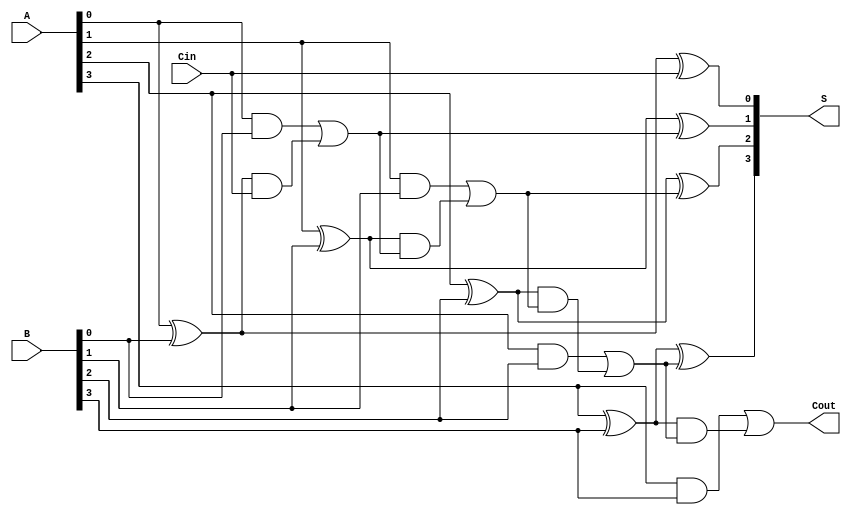
module CILA #(parameter N = 4) (
    input  [N-1:0] A,      // First binary number
    input  [N-1:0] B,      // Second binary number
    input         Cin,      // Carry-in
    output [N-1:0] S,      // Sum output
    output        Cout      // Carry-out
);

// Generate and Propagate signals
wire [N-1:0] G; // Generate signals
wire [N-1:0] P; // Propagate signals
wire [N:0] C;   // Carry signals

// Generate and Propagate calculations
genvar i;
generate
    for (i = 0; i < N; i = i + 1) begin : gen_prop
        assign G[i] = A[i] & B[i];         // Generate signal
        assign P[i] = A[i] ^ B[i];         // Propagate signal
    end
endgenerate

// Carry signal calculations
assign C[0] = Cin; // Initial carry-in
generate
    for (i = 1; i <= N; i = i + 1) begin : carry_logic
        assign C[i] = G[i-1] | (P[i-1] & C[i-1]); 
    end
endgenerate

// Sum calculation
generate
    for (i = 0; i < N; i = i + 1) begin : sum_logic
        assign S[i] = P[i] ^ C[i]; // Sum output
    end
endgenerate

// Carry-out output
assign Cout = C[N]; // Carry-out from the most significant bit

endmodule